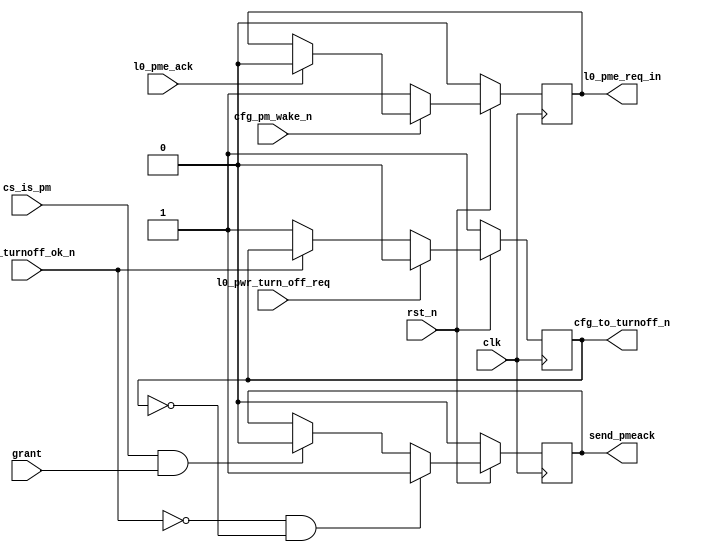

//-----------------------------------------------------------------------------
//
// (c) Copyright 2009 Xilinx, Inc. All rights reserved.
//
// This file contains confidential and proprietary information of Xilinx, Inc.
// and is protected under U.S. and international copyright and other
// intellectual property laws.
//
// DISCLAIMER
//
// This disclaimer is not a license and does not grant any rights to the
// materials distributed herewith. Except as otherwise provided in a valid
// license issued to you by Xilinx, and to the maximum extent permitted by
// applicable law: (1) THESE MATERIALS ARE MADE AVAILABLE "AS IS" AND WITH ALL
// FAULTS, AND XILINX HEREBY DISCLAIMS ALL WARRANTIES AND CONDITIONS, EXPRESS,
// IMPLIED, OR STATUTORY, INCLUDING BUT NOT LIMITED TO WARRANTIES OF
// MERCHANTABILITY, NON-INFRINGEMENT, OR FITNESS FOR ANY PARTICULAR PURPOSE;
// and (2) Xilinx shall not be liable (whether in contract or tort, including
// negligence, or under any other theory of liability) for any loss or damage
// of any kind or nature related to, arising under or in connection with these
// materials, including for any direct, or any indirect, special, incidental,
// or consequential loss or damage (including loss of data, profits, goodwill,
// or any type of loss or damage suffered as a result of any action brought by
// a third party) even if such damage or loss was reasonably foreseeable or
// Xilinx had been advised of the possibility of the same.
//
// CRITICAL APPLICATIONS
//
// Xilinx products are not designed or intended to be fail-safe, or for use in
// any application requiring fail-safe performance, such as life-support or
// safety devices or systems, Class III medical devices, nuclear facilities,
// applications related to the deployment of airbags, or any other
// applications that could lead to death, personal injury, or severe property
// or environmental damage (individually and collectively, "Critical
// Applications"). Customer assumes the sole risk and liability of any use of
// Xilinx products in Critical Applications, subject only to applicable laws
// and regulations governing limitations on product liability.
//
// THIS COPYRIGHT NOTICE AND DISCLAIMER MUST BE RETAINED AS PART OF THIS FILE
// AT ALL TIMES.
//
//-----------------------------------------------------------------------------
// Project    : V5-Block Plus for PCI Express
//--------------------------------------------------------------------------------
//--------------------------------------------------------------------------------
//--
//-- Description: PCIe Block Power Management Interface
//--
//--             
//--
//--------------------------------------------------------------------------------

`timescale 1ns/1ns
`ifndef TCQ
 `define TCQ 1
`endif

module pcie_blk_cf_pwr
(
       // Clock and reset

       input              clk,
       input              rst_n,

       // User Interface Power Management Ports
       
       input              cfg_turnoff_ok_n,
       output reg         cfg_to_turnoff_n,

       input              cfg_pm_wake_n,


       // PCIe Block Power Management Ports

       input              l0_pwr_turn_off_req,

       output reg         l0_pme_req_in,
       input              l0_pme_ack,

       // Interface to arbiter
       output reg         send_pmeack,
       input              cs_is_pm,
       input              grant
); 

always @(posedge clk)
begin
  if (~rst_n) begin
    cfg_to_turnoff_n    <= #`TCQ 1;
    send_pmeack         <= #`TCQ 0;
    l0_pme_req_in       <= #`TCQ 0;
  end else begin
    //PME Turn Off message rec'd; inform user
    if (l0_pwr_turn_off_req)
      cfg_to_turnoff_n    <= #`TCQ 0;
    else if (~cfg_turnoff_ok_n)
      cfg_to_turnoff_n    <= #`TCQ 1;
    //User issues PME To ACK
    if (~cfg_turnoff_ok_n && ~cfg_to_turnoff_n)
      send_pmeack         <= #`TCQ 1;
    else if (cs_is_pm && grant)
      send_pmeack         <= #`TCQ 0;
    //Send a PM PME message
    if (~cfg_pm_wake_n)
      l0_pme_req_in       <= #`TCQ 1;
    else if (l0_pme_ack)
      l0_pme_req_in       <= #`TCQ 0;
  end
end

endmodule // pcie_blk_cf_pwr